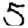
Digit: 5